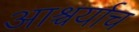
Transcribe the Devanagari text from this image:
आश्चर्याच